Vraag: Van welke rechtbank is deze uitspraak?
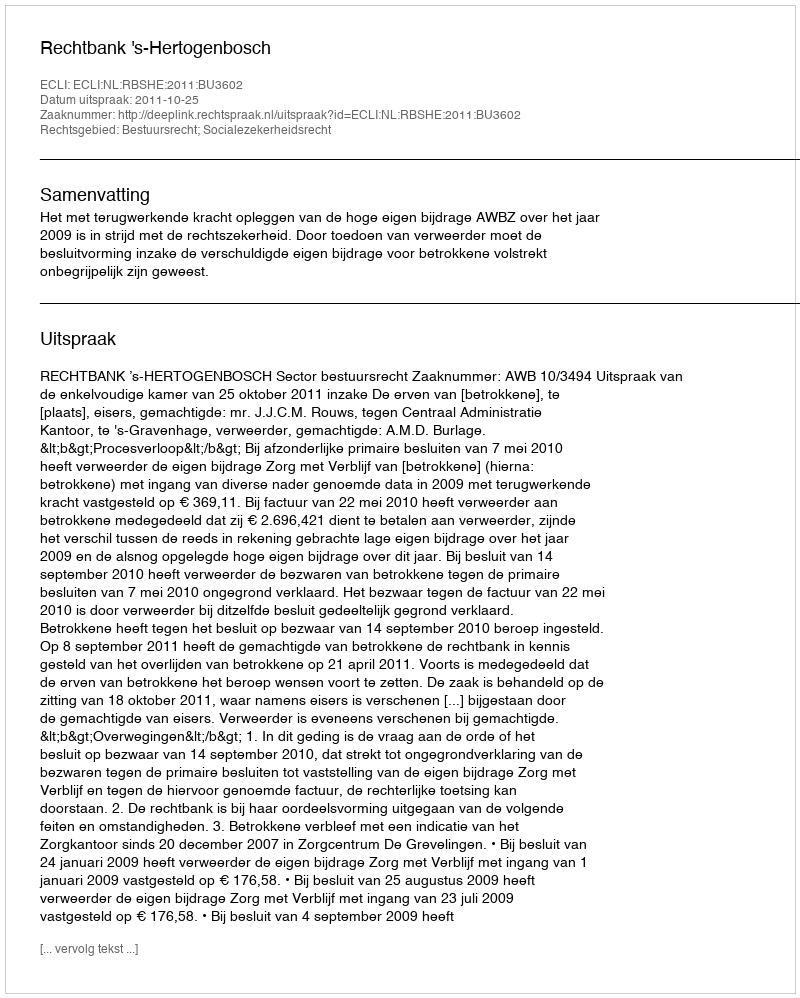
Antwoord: Rechtbank 's-Hertogenbosch